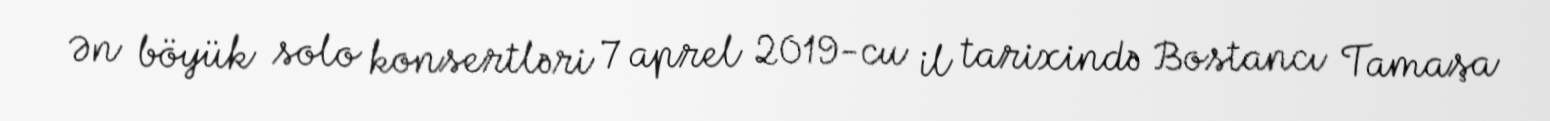
Ən böyük solo konsertləri 7 aprel 2019-cu il tarixində Bostancı Tamaşa